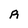
Character: R